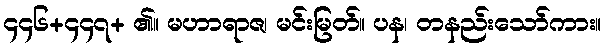
၄၄၆+၄၄၇+ ၏။ မဟာရာဇ၊ မင်းမြတ်။ ပန၊ တနည်းသော်ကား။